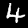
Digit: 4